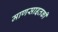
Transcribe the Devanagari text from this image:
माणसाइतकी